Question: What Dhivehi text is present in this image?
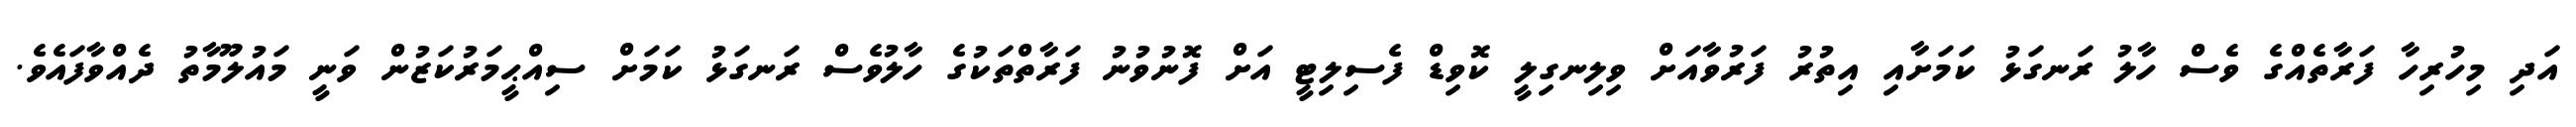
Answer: އަދި މިހުރިހާ ފަރާތެއްގެ ވެސް ހާލު ރަނގަޅު ކަމަށާއި އިތުރު ފަރުވާއަށް ވިލިނގިލީ ކޮވިޑް ފެސިލިޓީ އަށް ފޮނުވުނު ފަރާތްތަކުގެ ހާލުވެސް ރަނގަޅު ކަމަށް ސިއްޙީމަރުކަޒުން ވަނީ މައުލޫމާތު ދެއްވާފައެވެ.